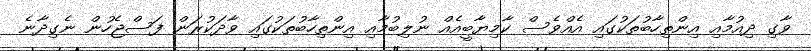
ވާގި ދިއުމާއި އިންތިހާބުތަކުގައި އެއްވެސް ކާމިޔާބީއެއް ނުލިބުމާއި އިންތިހާބުތަކުގައި ވާދަކުރަން ފަސްޖެހުން ނެގިދާނެ